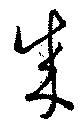
成